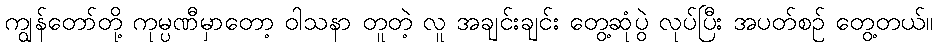
ကျွန်တော်တို့ ကုမ္ပဏီမှာတော့ ဝါသနာ တူတဲ့ လူ အချင်းချင်း တွေ့ဆုံပွဲ လုပ်ပြီး အပတ်စဉ် တွေ့တယ်။